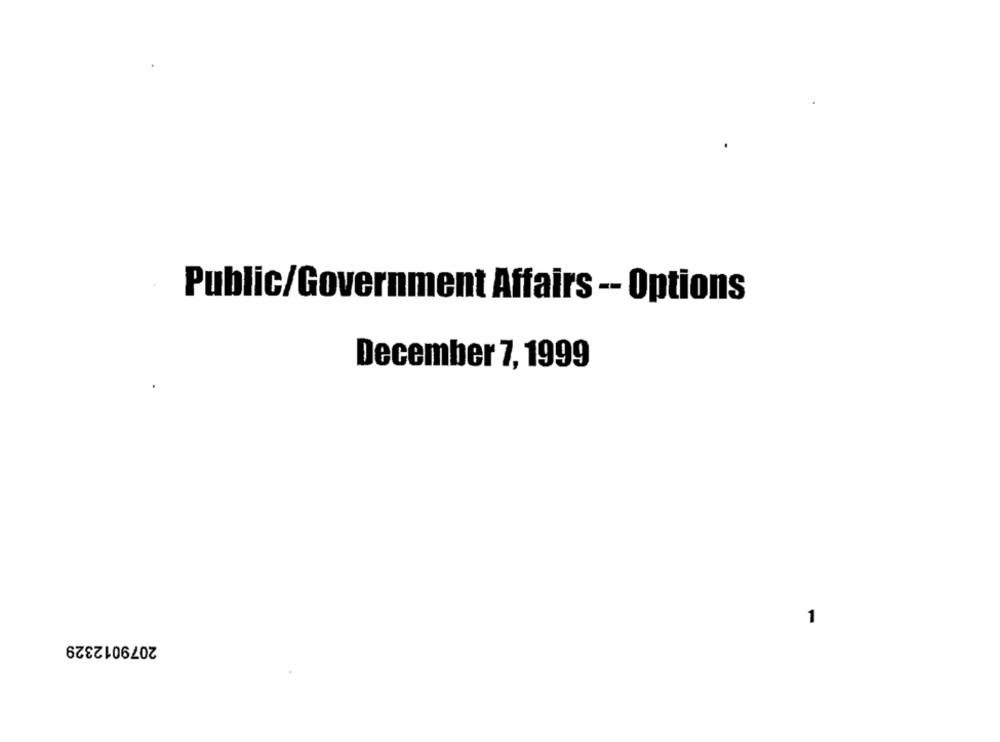
Public/Government Affairs -- Options
December 7, 1999
1
2079012329